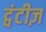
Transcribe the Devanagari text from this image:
ट्वंटीज़